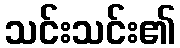
သင်းသင်း၏